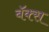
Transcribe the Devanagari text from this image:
बॅक्स